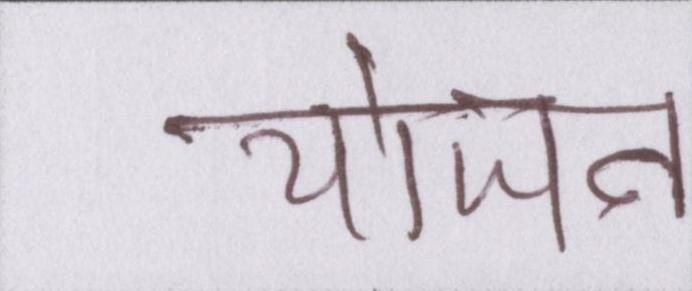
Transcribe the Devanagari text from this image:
योजन